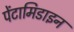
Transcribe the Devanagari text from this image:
पेंटामिडाइन